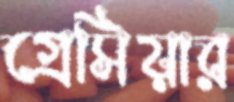
গ্রেসিয়ার